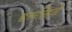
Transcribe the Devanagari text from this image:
छत्तरसिंहजी